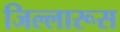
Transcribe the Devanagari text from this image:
जिल्लारूस